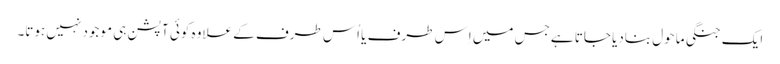
ایک جنگی ماحول بنادیا جاتا ہےجس میں اِس طرف یا اُس طرف کے علاوہ کوئی آپشن ہی موجود نہیں ہوتا۔